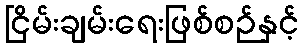
ငြိမ်းချမ်းရေးဖြစ်စဉ်နှင့်